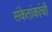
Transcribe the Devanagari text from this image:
संकेतांकांची